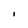
Character: I